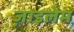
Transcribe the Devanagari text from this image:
ज़ाइलेम